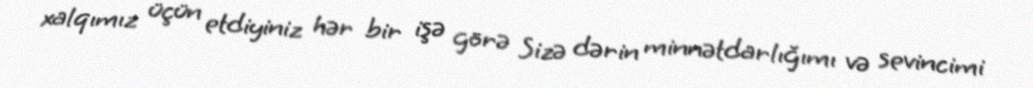
xalqımız üçün etdiyiniz hər bir işə görə Sizə dərin minnətdarlığımı və sevincimi